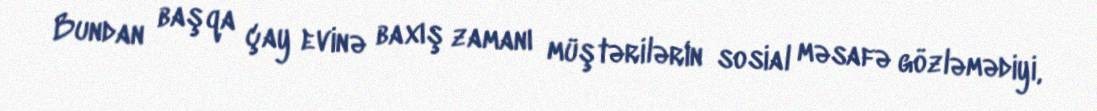
Bundan başqa çay evinə baxış zamanı müştərilərin sosial məsafə gözləmədiyi,